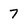
Character: 7